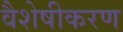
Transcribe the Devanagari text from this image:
वैशेषीकरण